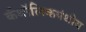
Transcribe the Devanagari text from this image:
कॅथॉलिकपंथीय